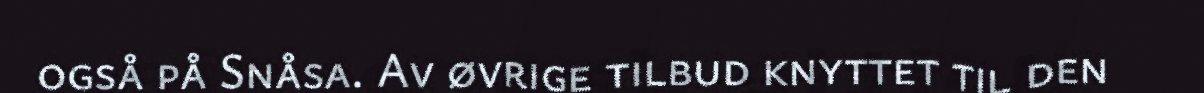
også på Snåsa. Av øvrige tilbud knyttet til den